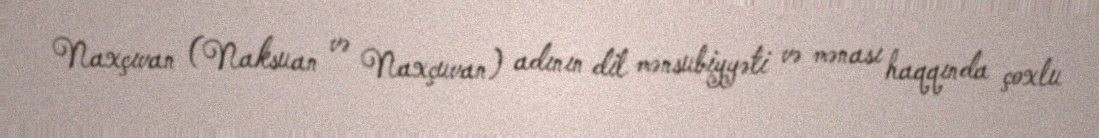
Naxçıvan (Naksuan və Naxçuvan) adının dil mənsubiyyəti və mənası haqqında çoxlu